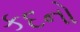
કદનો